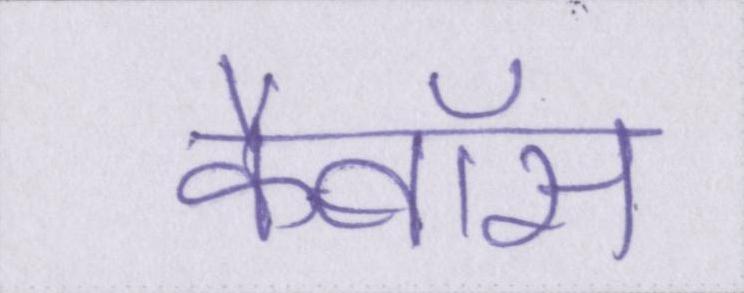
कैबॉस